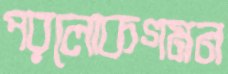
পরলোকগমন